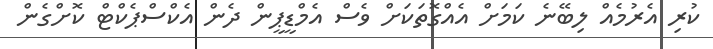
ކުރި އެރުމެއް ލިބޭނެ ކަމަށް އެއްގޮތަކަށް ވެސް އެމްޑީޕީން ދެން އެކްސްޕެކްޓް ކޮށްގެން